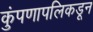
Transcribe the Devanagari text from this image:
कुंपणापलिकडून